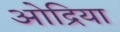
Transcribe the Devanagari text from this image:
ओद्रिया